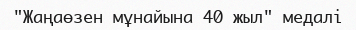
"Жаңаөзен мұнайына 40 жыл" медалі